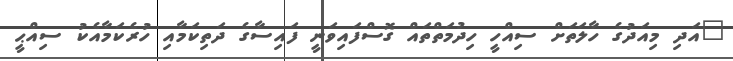
"އަދި މިއަދުގެ ހާލަތަށް ސިއްހީ ހިދުމަތްތައް ގޮސްފައިވަނީ ފައިސާގެ ދަތިކަމާއި ހުރެކަމާއެކު ސިއްޙީ